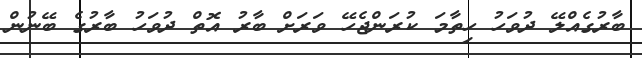
ބާރުގެއްލޭ ދުވަހު ހިތާމަ ކުރަންޖެހޭ ވަރަށް ބާރު އޮތް ދުވަހު ބާރުގެ ބޭނުން